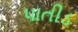
પાતીડ